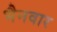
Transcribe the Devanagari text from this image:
भैनवार